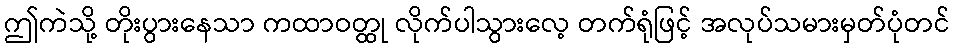
ဤကဲသို့ တိုးပွားနေသာ ကထာဝတ္ထု လိုက်ပါသွားလေ့ တက်ရုံဖြင့် အလုပ်သမားမှတ်ပုံတင်